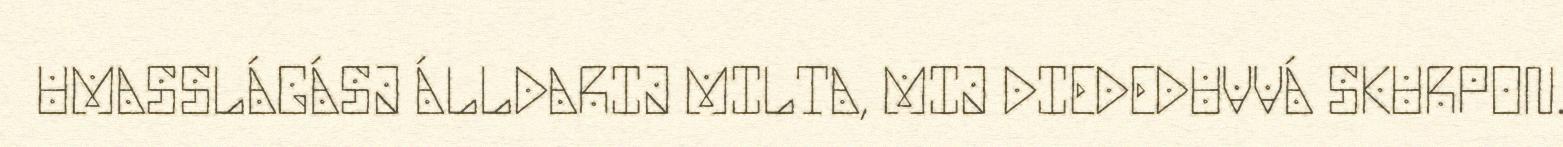
UMASSLÁGÁSJ ÁLLDARIJ MILTA, MIJ DIEDEDUVVÁ SKURPON.